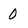
Character: O